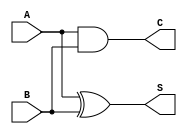
module CurrentModeHalfAdder (
    input wire A,  // First input bit
    input wire B,  // Second input bit
    output wire S, // Sum output
    output wire C  // Carry output
);

// XOR operation for Sum (S)
assign S = A ^ B; // Sum = A XOR B

// AND operation for Carry (C)
assign C = A & B; // Carry = A AND B

endmodule